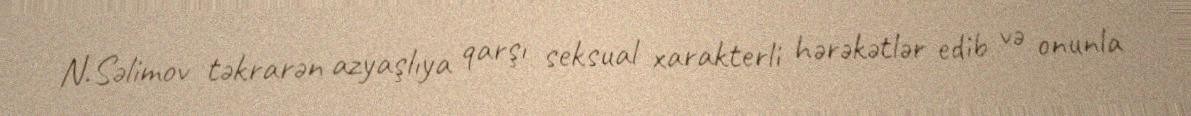
N.Səlimov təkrarən azyaşlıya qarşı seksual xarakterli hərəkətlər edib və onunla